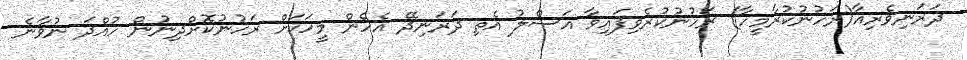
ދަރަނިވެރިއާ(ރަހުނުކުރާމީހާ) ރަހުނުކުރެވިފައިވާ އަސްލު އެތި ދަރަނިދޭ އެހެން މީހަކަށް ރަހުނުކޮށްދިނުން ހުއްދަ ނުވާނެ